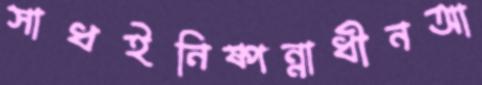
সাধইনিষ্পন্নাধীনআ